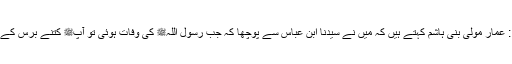
1595: عمار مولیٰ بنی ہاشم کہتے ہیں کہ میں نے سیدنا ابن عباسؓ سے پوچھا کہ جب رسول اللہﷺ کی وفات ہوئی تو آپﷺ کتنے برس کے تھے ؟